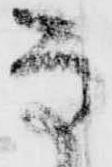
な